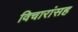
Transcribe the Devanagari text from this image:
विचारांसह